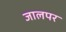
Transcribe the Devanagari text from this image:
जालपर